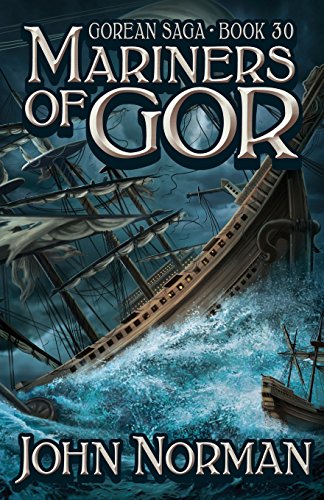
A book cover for Mariners of Gor (Gorean Saga); John Norman; Romance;